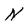
Character: N